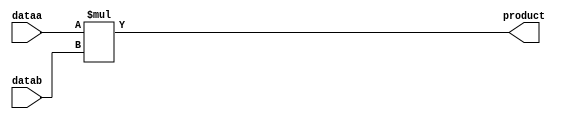

module mul(
          input [3:0] dataa,datab,
          output[7:0] product

 );
assign product = dataa * datab;
endmodule